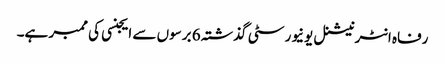
رفاہ انٹرنیشنل یونیورسٹی گذشتہ 6 برسوں سے ایجنسی کی ممبر ہے۔